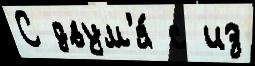
С двум'я́ с из